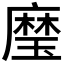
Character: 𰢍